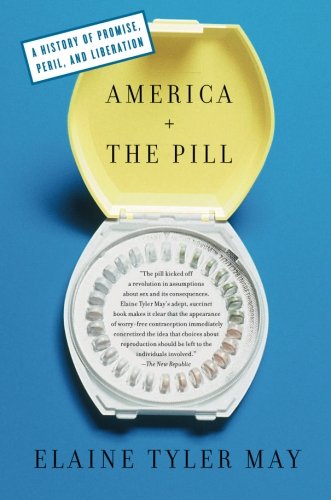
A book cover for America and the Pill: A History of Promise, Peril, and Liberation; Elaine Tyler May; Politics & Social Sciences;